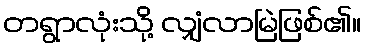
တရွာလုံးသို့ လျှံလာမြဲဖြစ်၏။